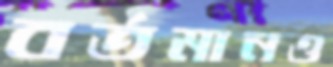
বর্তমানও